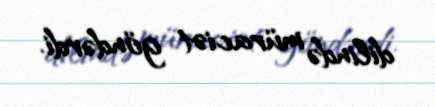
dilində müraciət göndərdi.